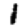
Digit: 1